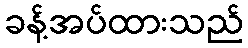
ခန့်အပ်ထားသည်